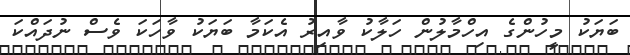
ބަޔަކު މީހުންގެ އިހްމާލުން ހަލާކު ވާއިރު އެކަމާ ބަޔަކު ވާހަކަ ވެސް ނުދައްކަ